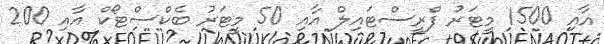
އާއި 1500 މީޓަރު ފްރީސްޓައިލް އާއި 50 މީޓަރު ބެކްސްޓޯކް އާއި 200